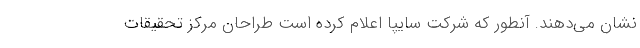
نشان می‌دهند. آنطور که شرکت سایپا اعلام کرده است طراحان مرکز تحقیقات